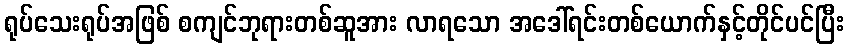
ရုပ်သေးရုပ်အဖြစ် စကျင်ဘုရားတစ်ဆူအား လာရသော အဒေါ်ရင်းတစ်ယောက်နှင့်တိုင်ပင်ပြီး